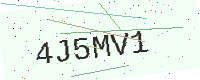
Text: 4J5MV1